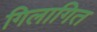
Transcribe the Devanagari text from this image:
गिलागित